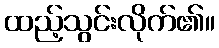
ထည့်သွင်းလိုက်၏။